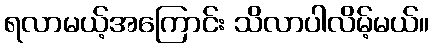
ရလာမယ့်အကြောင်း သိလာပါလိမ့်မယ်။